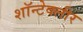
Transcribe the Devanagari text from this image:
शॉन्टेक्लीर